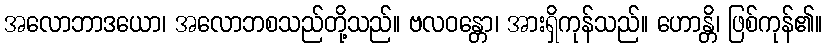
အလောဘာဒယော၊ အလောဘစသည်တို့သည်။ ဗလဝန္တော၊ အားရှိကုန်သည်။ ဟောန္တိ၊ ဖြစ်ကုန်၏။